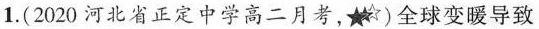
1.(2020河北省正定中学高二月考，★★☆)全球变暖导致